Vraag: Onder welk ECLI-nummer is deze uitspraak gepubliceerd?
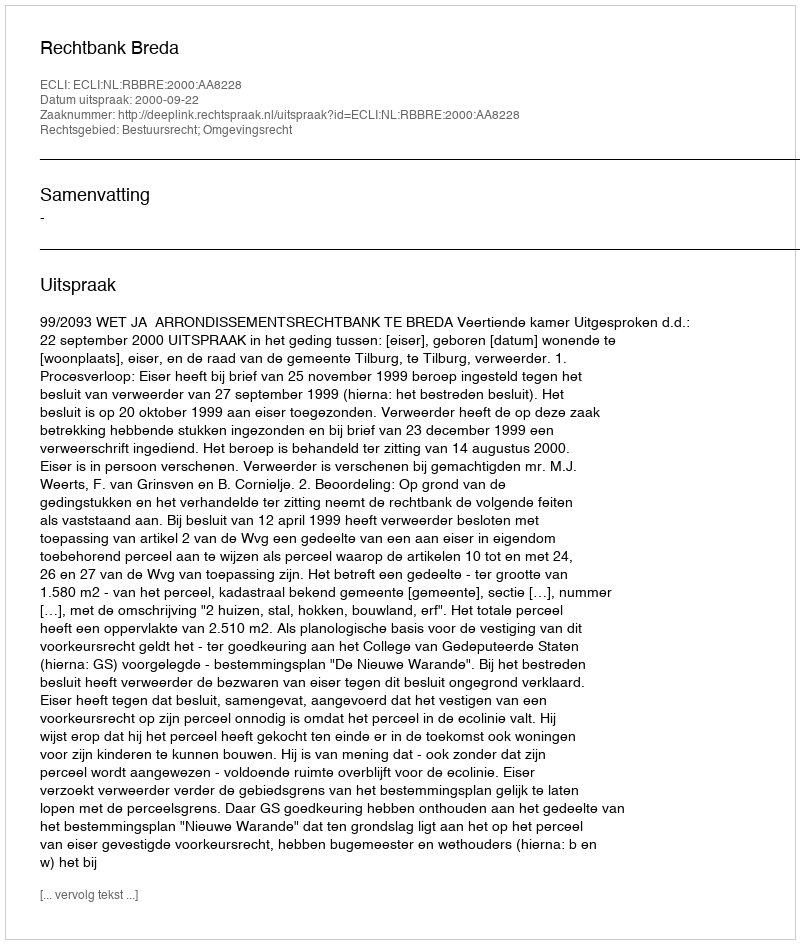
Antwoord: ECLI:NL:RBBRE:2000:AA8228